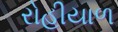
રોહીયાળ